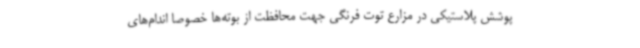
پوشش پلاستیکی در مزارع توت فرنگی جهت محافظت از بوته‌ها خصوصا اندام‌های